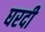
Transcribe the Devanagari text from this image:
घरदी